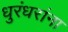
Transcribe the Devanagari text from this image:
धुरंधरांना